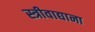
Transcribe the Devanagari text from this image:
स्त्रीवाद्याना